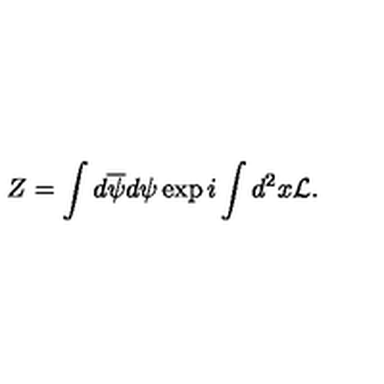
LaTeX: Z = \int d \overline { { \psi } } d \psi \exp i \int d ^ { 2 } x { \cal L } .